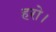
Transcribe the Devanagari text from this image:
हरो।